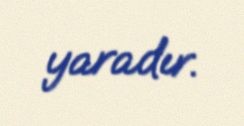
yaradır.